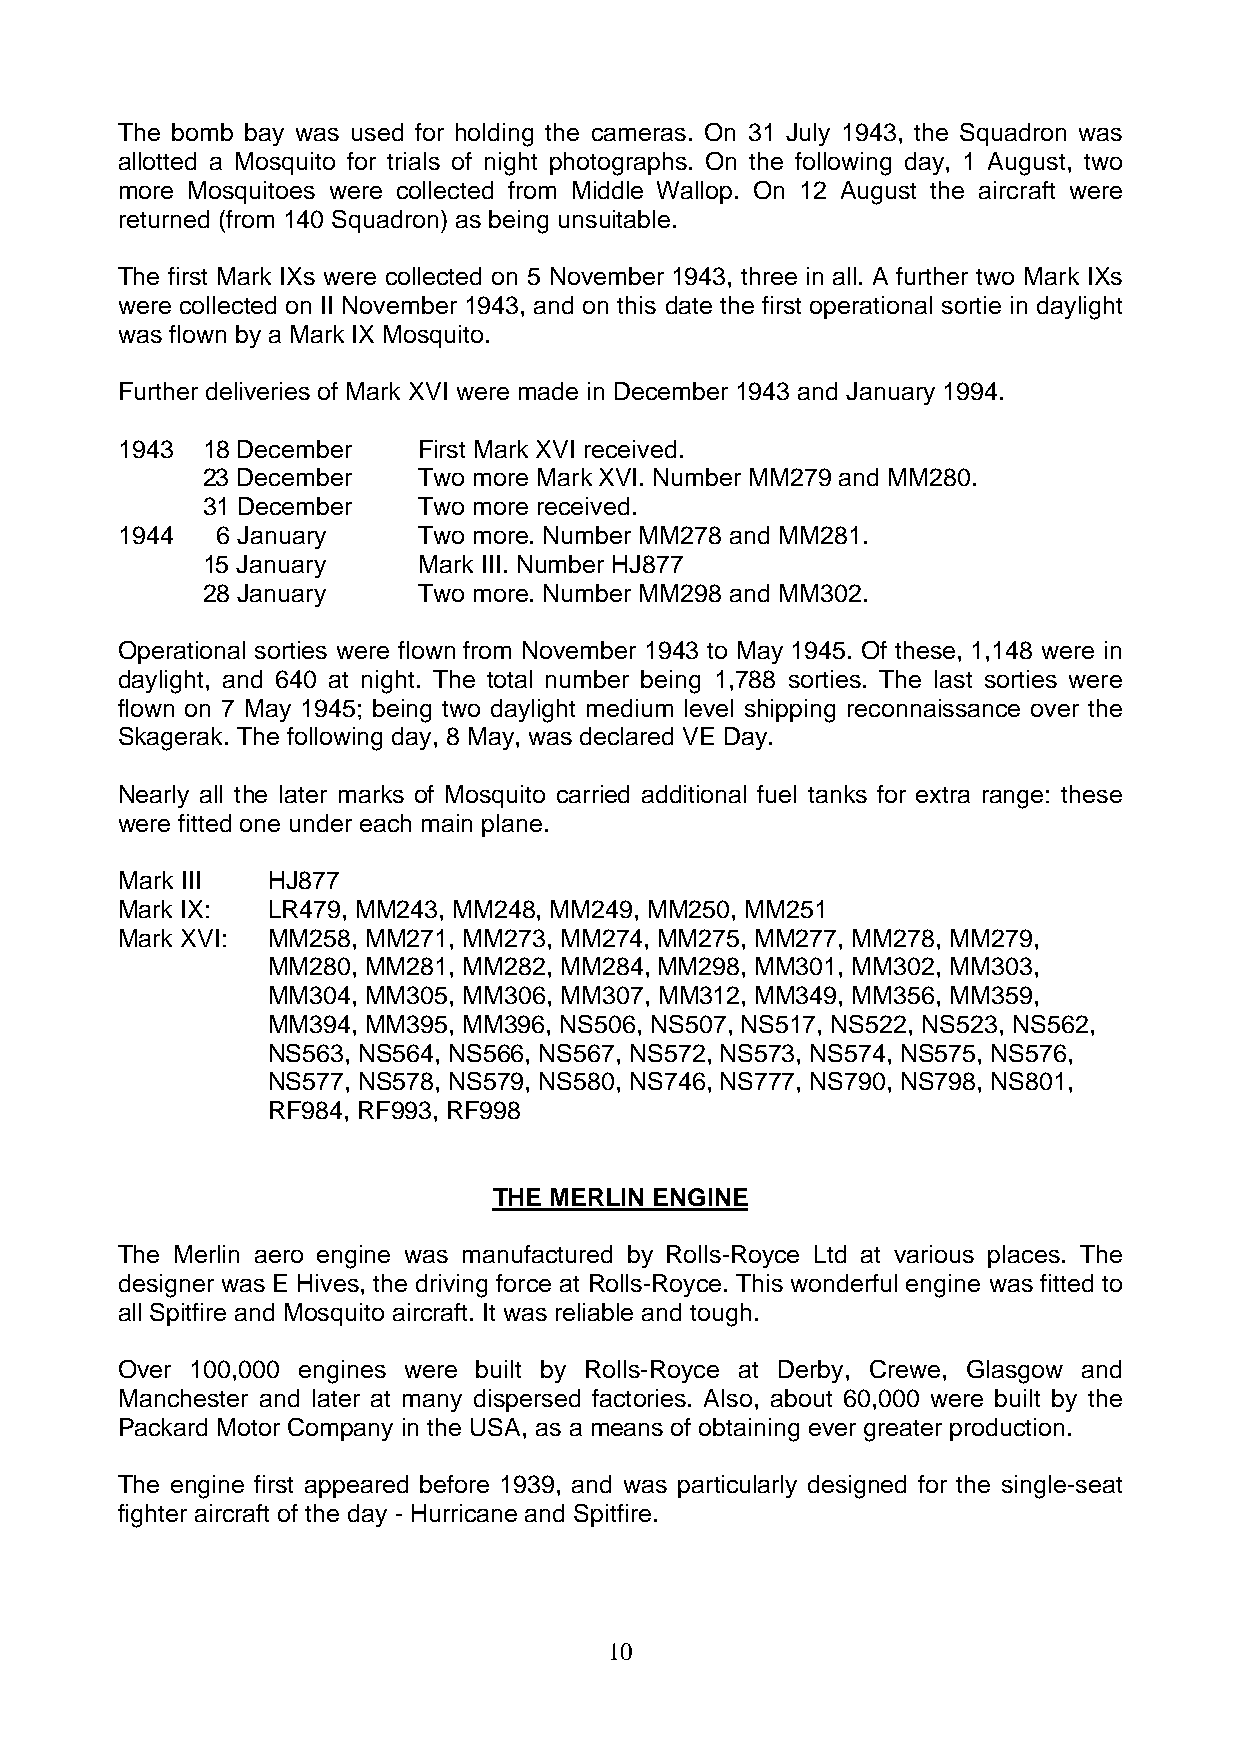
The bomb bay was used for holding the cameras. On 31 July 1943, the Squadron was
 allotted a Mosquito for trials of night photographs. On the following day, 1 August, two
 more Mosquitoes were collected from Middle Wallop. On 12 August the aircraft were
 returned (from 140 Squadron) as being unsuitable.
 The first Mark IXs were collected on 5 November 1943, three in all. A further two Mark IXs
 were collected on II November 1943, and on this date the first operational sortie in daylight
 was flown by a Mark IX Mosquito.
 Further deliveries of Mark XVI were made in December 1943 and January 1994.
 1943 18 December    First Mark XVI received.
 23 December    Two more Mark XVI. Number MM279 and MM280.
 31 December    Two more received.
 1944  6 January     Two more. Number MM278 and MM281.
 15 January     Mark III. Number HJ877
 28 January     Two more. Number MM298 and MM302.
 Operational sorties were flown from November 1943 to May 1945. Of these, 1,148 were in
 daylight, and 640 at night. The total number being 1,788 sorties. The last sorties were
 flown on 7 May 1945; being two daylight medium level shipping reconnaissance over the
 Skagerak. The following day, 8 May, was declared VE Day.
 Nearly all the later marks of Mosquito carried additional fuel tanks for extra range: these
 were fitted one under each main plane.
 Mark III  HJ877
 Mark IX:  LR479, MM243, MM248, MM249, MM250, MM251
 Mark XVI: MM258, MM271, MM273, MM274, MM275, MM277, MM278, MM279,
 MM280, MM281, MM282, MM284, MM298, MM301, MM302, MM303,
 MM304, MM305, MM306, MM307, MM312, MM349, MM356, MM359,
 MM394, MM395, MM396, NS506, NS507, NS517, NS522, NS523, NS562,
 NS563, NS564, NS566, NS567, NS572, NS573, NS574, NS575, NS576,
 NS577, NS578, NS579, NS580, NS746, NS777, NS790, NS798, NS801,
 RF984, RF993, RF998
 THE MERLIN ENGINE
 The Merlin aero engine was manufactured by Rolls-Royce Ltd at various places. The
 designer was E Hives, the driving force at Rolls-Royce. This wonderful engine was fitted to
 all Spitfire and Mosquito aircraft. It was reliable and tough.
 Over 100,000 engines were built by Rolls-Royce at Derby, Crewe, Glasgow and
 Manchester and later at many dispersed factories. Also, about 60,000 were built by the
 Packard Motor Company in the USA, as a means of obtaining ever greater production.
 The engine first appeared before 1939, and was particularly designed for the single-seat
 fighter aircraft of the day - Hurricane and Spitfire.
 10